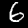
Digit: 6